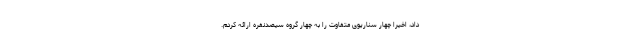
داد، اخیراً چهار سناریوی متفاوت را به چهار گروه سیصد‌نفره ارائه کردم.